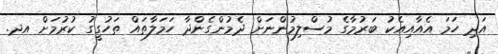
އަދި ހަމަ އެއާއިއެކު ބަރުމާގެ މުސްލިމުންނަށް ދެމުންގެންދާ ހަމަލާތައް ތަހުގީގު ކުރުމަށް އދ.